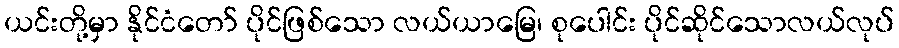
ယင်းတို့မှာ နိုင်ငံတော် ပိုင်ဖြစ်သော လယ်ယာမြေ၊ စုပေါင်း ပိုင်ဆိုင်သောလယ်လုပ်